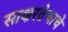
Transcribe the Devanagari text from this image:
साक्षरतेचाचे